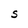
Character: S